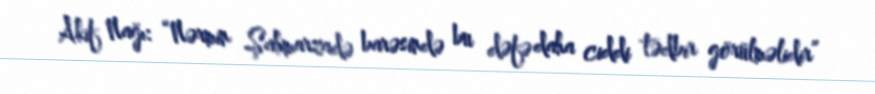
Akif Nağı: “Nərmin Şahmarzadə barəsində bu dəfə daha ciddi tədbir görülməlidir”